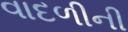
વાદળીની